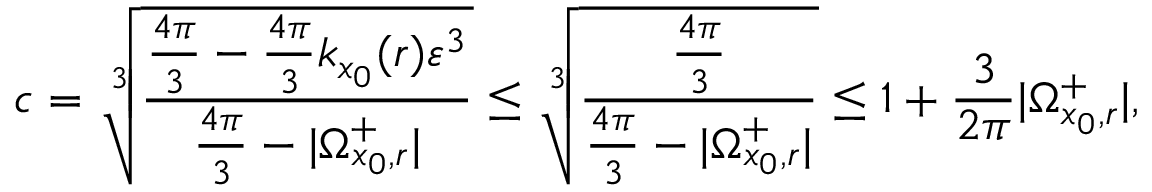
c = \sqrt [ 3 ] { \frac { \frac { 4 \pi } { 3 } - \frac { 4 \pi } { 3 } k _ { x _ { 0 } } ( r ) \varepsilon ^ { 3 } } { \frac { 4 \pi } { 3 } - | \Omega _ { x _ { 0 } , r } ^ { + } | } } \leq \sqrt [ 3 ] { \frac { \frac { 4 \pi } { 3 } } { \frac { 4 \pi } { 3 } - | \Omega _ { x _ { 0 } , r } ^ { + } | } } \leq 1 + \frac { 3 } { 2 \pi } | \Omega _ { x _ { 0 } , r } ^ { + } | ,